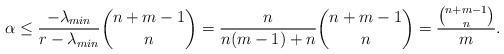
LaTeX: \begin{align*}\alpha \leq \frac{-\lambda_{min}}{r-\lambda_{min}}\binom{n+m-1}{n} = \frac{n}{n(m-1)+n}\binom{n+m-1}{n}= \frac{\binom{n+m-1}{n}}{m}.\end{align*}